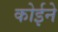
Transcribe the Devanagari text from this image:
कोईने